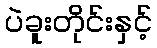
ပဲခူးတိုင်းနှင့်